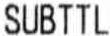
SUBTTL